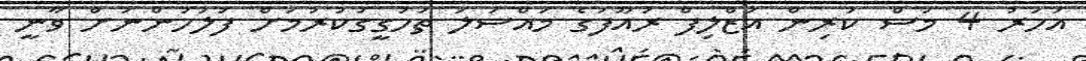
އަހަރު 4 މަސް ކުރިން އަޒްލިފް ރައޫފުގެ މައްސަލަ ތަހުގީގުކުރުމަށް ފުލުހުންނަށް ވާނީ